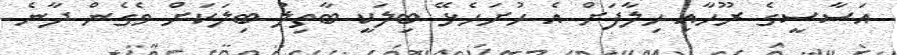
އަސާސީގެ ރޫހާއި ހިލާފަށް އެ ހުށަހެޅޭ ބިލަކީ ބާތިލު ބިލަކަށް ވެގެން ދާނެ